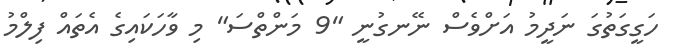
ހަގީގަތުގަ ނަދީމު އަށްވެސް ނޭނގުނީ "9 މަންތްސަ" މި ވާހަކަައިގެ އެތައް ފިލްމު